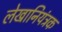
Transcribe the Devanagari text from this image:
लेखानियंत्रक